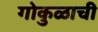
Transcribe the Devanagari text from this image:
गोकुळाची